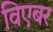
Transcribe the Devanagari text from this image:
विएबर